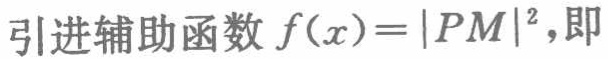
引进辅助函数 \(f(x)=|PM|^{2}\)，即